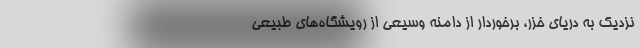
نزدیک به دریای خزر، برخوردار از دامنه‌ وسیعی از رویشگاه‌های طبیعی